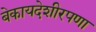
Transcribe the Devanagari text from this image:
बेकायदेशीरपणा